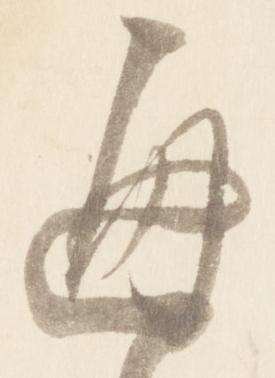
通